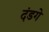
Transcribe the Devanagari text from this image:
दंडगे